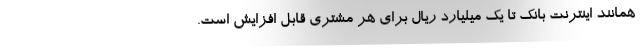
همانند اینترنت بانک تا یک میلیارد ریال برای هر مشتری قابل افزایش است.